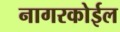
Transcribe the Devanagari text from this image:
नागरकोईल